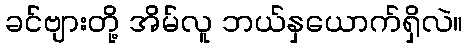
ခင်ဗျားတို့ အိမ်လူ ဘယ်နှယောက်ရှိလဲ။